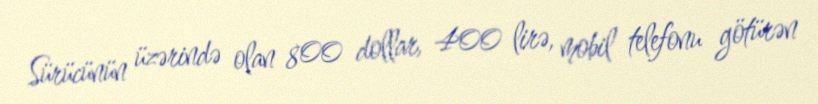
Sürücünün üzərində olan 800 dollar, 400 lirə, mobil telefonu götürən